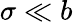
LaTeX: \sigma\ll b